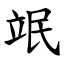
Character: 䇇